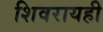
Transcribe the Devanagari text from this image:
शिवरायही